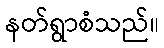
နတ်ရွာစံသည်။